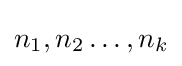
n_{1},n_{2}\ldots ,n_{k}